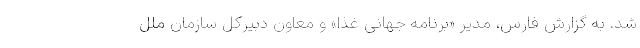
شد. به گزارش فارس، مدیر «برنامه جهانی غذا» و معاون دبیرکل سازمان ملل